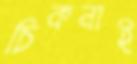
চিকনাই